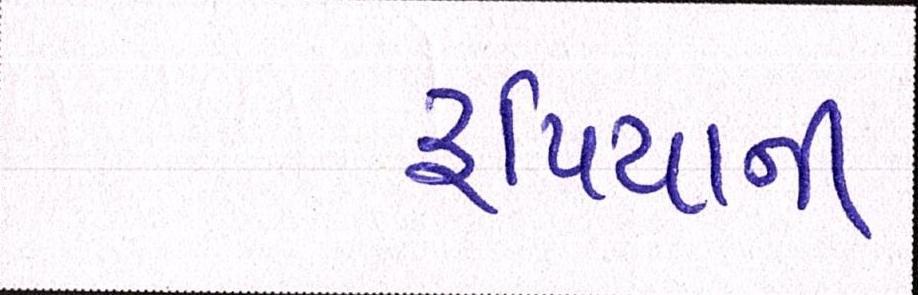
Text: રૃપિયાની